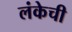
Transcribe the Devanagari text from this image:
लंकेची